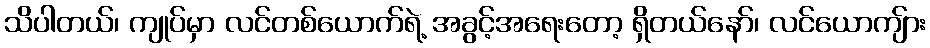
သိပါတယ်၊ ကျုပ်မှာ လင်တစ်ယောက်ရဲ့ အခွင့်အရေးတော့ ရှိတယ်နော်၊ လင်ယောကျ်ား